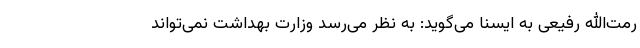
رمت‌الله رفیعی به ایسنا می‌گوید: به نظر می‌رسد وزارت بهداشت نمی‌تواند